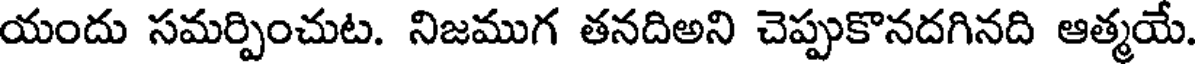
యందు సమర్పించుట. నిజముగ తనదిఅని చెప్పుకొనదగినది ఆత్మయే.